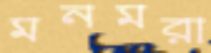
মনমরা